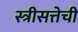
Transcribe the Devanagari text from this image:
स्त्रीसत्तेची